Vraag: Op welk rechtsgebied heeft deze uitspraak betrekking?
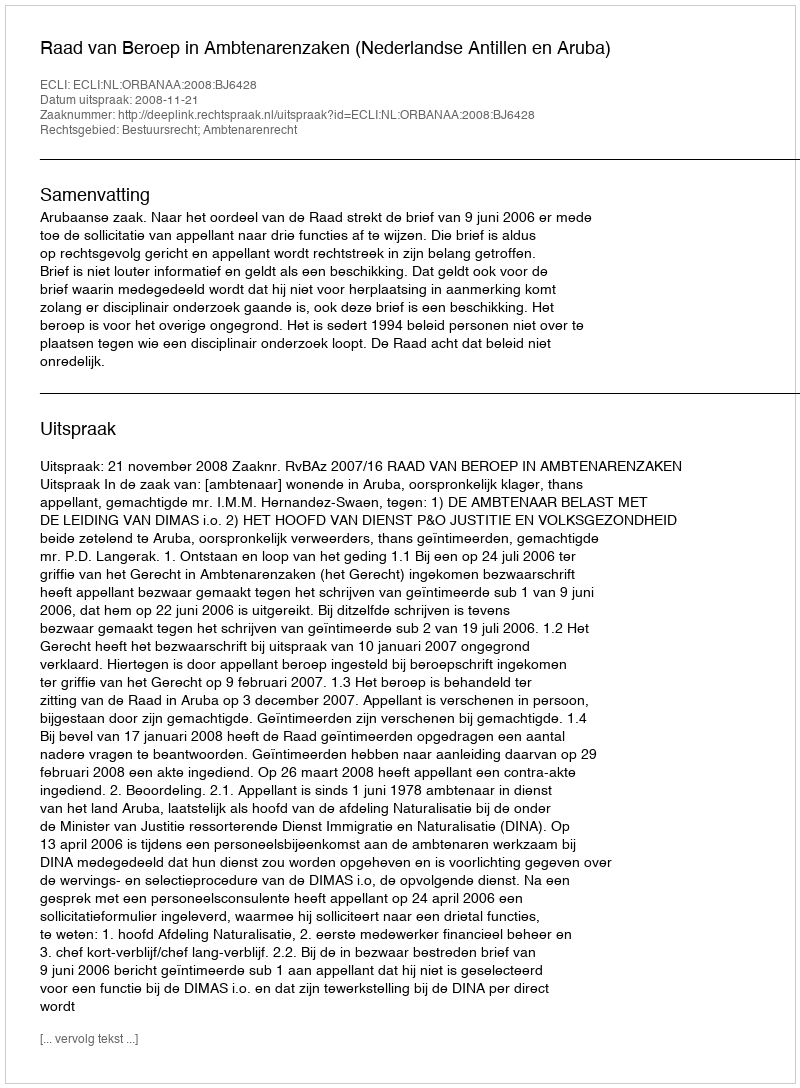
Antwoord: Bestuursrecht; Ambtenarenrecht